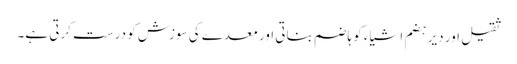
ثقیل اور دیر ہضم اشیاء کو ہاضم بناتی اور معدے کی سوزش کو درست کرتی ہے۔